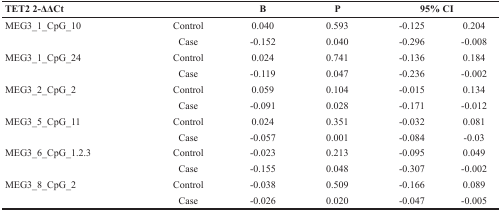
<table><thead><tr><td><b>TET2 2-ΔΔCt</b></td><td>[EMPTY_CELL]</td><td><b>B</b></td><td><b>P</b></td><td colspan="2"><b>95% CI</b></td></tr></thead><tbody><tr><td>MEG3_1_CpG_10</td><td>Control</td><td>0.040</td><td>0.593</td><td>−0.125</td><td>0.204</td></tr><tr><td>[EMPTY_CELL]</td><td>Case</td><td>−0.152</td><td>0.040</td><td>−0.296</td><td>−0.008</td></tr><tr><td>MEG3_1_CpG_24</td><td>Control</td><td>0.024</td><td>0.741</td><td>−0.136</td><td>0.184</td></tr><tr><td>[EMPTY_CELL]</td><td>Case</td><td>−0.119</td><td>0.047</td><td>−0.236</td><td>−0.002</td></tr><tr><td>MEG3_2_CpG_2</td><td>Control</td><td>0.059</td><td>0.104</td><td>−0.015</td><td>0.134</td></tr><tr><td>[EMPTY_CELL]</td><td>Case</td><td>−0.091</td><td>0.028</td><td>−0.171</td><td>−0.012</td></tr><tr><td>MEG3_5_CpG_11</td><td>Control</td><td>0.024</td><td>0.351</td><td>−0.032</td><td>0.081</td></tr><tr><td>[EMPTY_CELL]</td><td>Case</td><td>−0.057</td><td>0.001</td><td>−0.084</td><td>−0.03</td></tr><tr><td>MEG3_6_CpG_1.2.3</td><td>Control</td><td>−0.023</td><td>0.213</td><td>−0.095</td><td>0.049</td></tr><tr><td>[EMPTY_CELL]</td><td>Case</td><td>−0.155</td><td>0.048</td><td>−0.307</td><td>−0.002</td></tr><tr><td>MEG3_8_CpG_2</td><td>Control</td><td>−0.038</td><td>0.509</td><td>−0.166</td><td>0.089</td></tr><tr><td>[EMPTY_CELL]</td><td>Case</td><td>−0.026</td><td>0.020</td><td>−0.047</td><td>−0.005</td></tr></tbody></table>